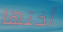
أختها